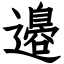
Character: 邉